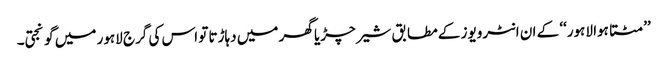
’’مٹتا ہوا لاہور‘‘ کے ان انٹرویوز کے مطابق شیر چڑیا گھر میں دہاڑتا تو اس کی گرج لاہور میں گونجتی۔